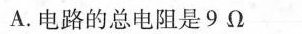
A.电路的总电阻是9Ω